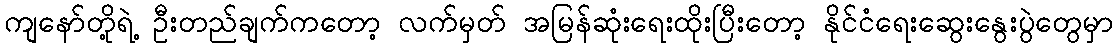
ကျနော်တို့ရဲ့ ဦးတည်ချက်ကတော့ လက်မှတ် အမြန်ဆုံးရေးထိုးပြီးတော့ နိုင်ငံရေးဆွေးနွေးပွဲတွေမှာ